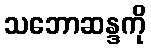
သဘောဆန္ဒကို